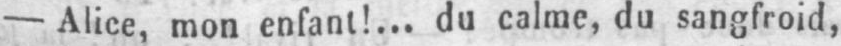
- Alice, mon enfant!... du calme, du sangfroid,